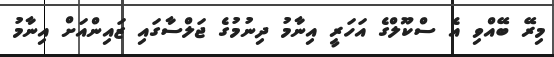
މިރޭ ބޭއްވި އެ ސްކޫލްގެ އަހަރީ އިނާމު ދިނުމުގެ ޖަލްސާގައި ޒައިންއަށް އިނާމު